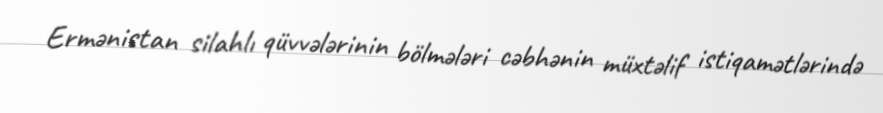
Ermənistan silahlı qüvvələrinin bölmələri cəbhənin müxtəlif istiqamətlərində